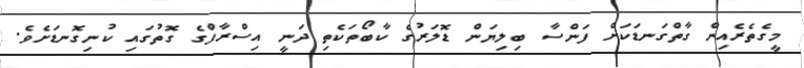
މީގެތެރެއިން ގާތްގަނޑަކަށް ފަންސާ ބިލިޔަން ޑޮލަރުގެ ކާބޯތަކެތި ދަނީ އިސްރާފްގެ ގޮތުގައި ކުނިގޮނޑަށެވެ.